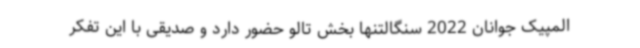
المپیک جوانان 2022 سنگالتنها بخش تالو حضور دارد و صدیقی با این تفکر